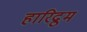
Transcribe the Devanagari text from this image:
हारिद्रुम